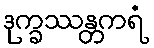
ဒုက္ခဿန္တကရံ